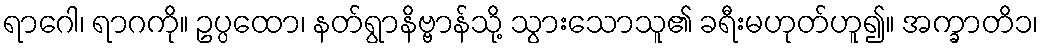
ရာဂေါ၊ ရာဂကို။ ဥပ္ပထော၊ နတ်ရွာနိဗ္ဗာန်သို့ သွားသောသူ၏ ခရီးမဟုတ်ဟူ၍။ အက္ခာတိ၁၊